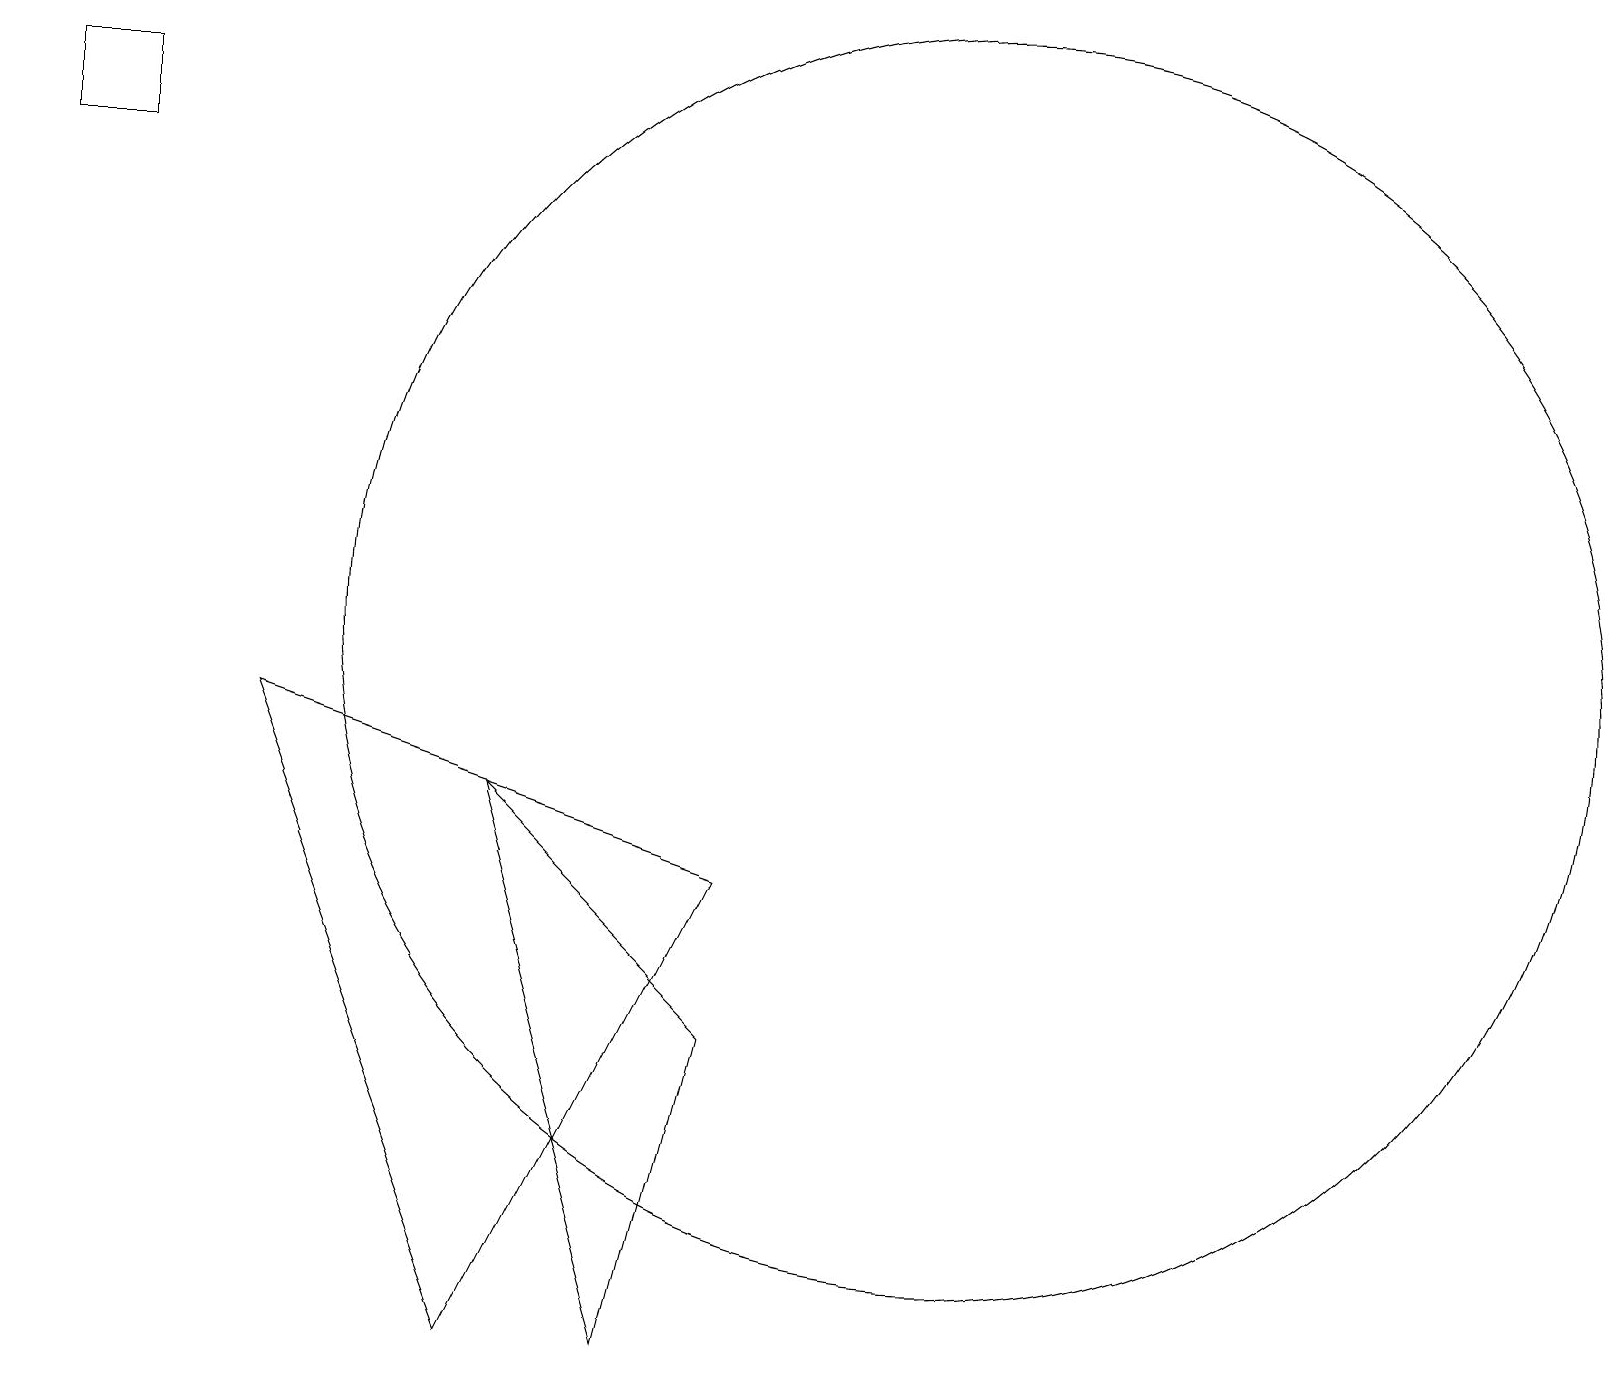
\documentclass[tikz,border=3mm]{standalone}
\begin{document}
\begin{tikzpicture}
\draw (1,17) rectangle (0,16);
\draw (3,9) -- (6,1) -- (9,7) -- cycle;
\draw (9,5) -- (8,1) -- (6,8) -- cycle;
\draw (12,10) circle (8);
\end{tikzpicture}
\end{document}